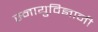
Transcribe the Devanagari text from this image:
स्नायुविज्ञानी